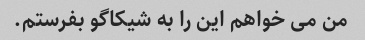
من می خواهم این را به شیکاگو بفرستم.